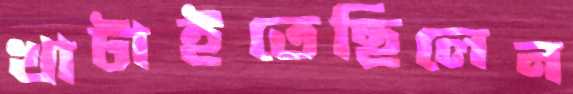
খাটাইতেছিলেন